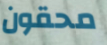
محقون